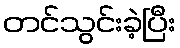
တင်သွင်းခဲ့ပြီး